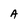
Character: A